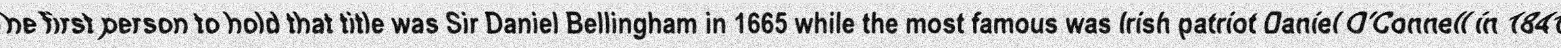
The first person to hold that title was Sir Daniel Bellingham in 1665 while the most famous was Irish patriot Daniel O'Connell in 1841.